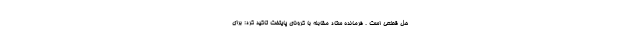
حل قطعی است . فرمانده ستاد مقابله با کرونای پایتخت تاکید کرد: برای